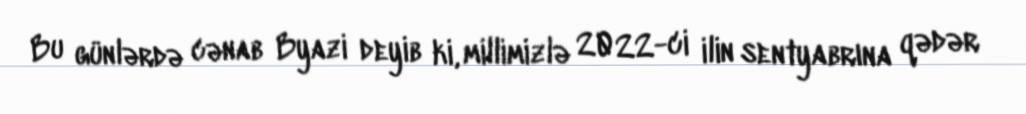
Bu günlərdə cənab Byazi deyib ki, millimizlə 2022-ci ilin sentyabrına qədər